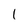
Character: l